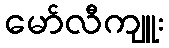
မော်လီကျူး